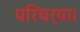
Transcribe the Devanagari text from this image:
परिचर्या।